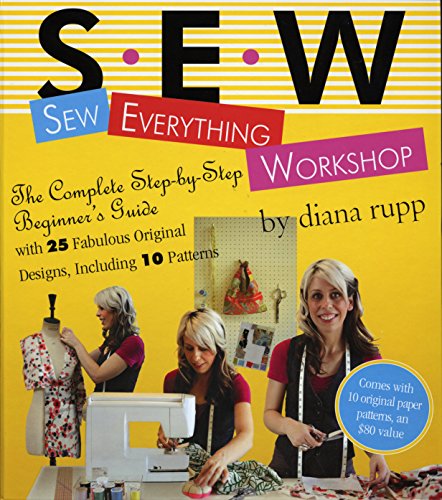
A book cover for Sew Everything Workshop: The Complete Step-by-Step Beginner's Guide with 25 Fabulous Original Designs, Including 10 Patterns; Diana Rupp; Crafts, Hobbies & Home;